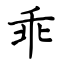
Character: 乖